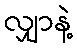
လျှာနဲ့